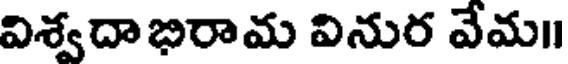
విశ్వదాభిరామ వినుర వేమ॥